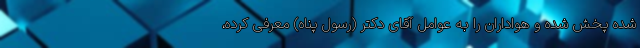
شده پخش شده و هواداران را به عوامل آقای دکتر (رسول پناه) معرفی کرده،